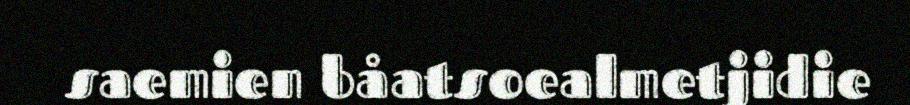
saemien båatsoealmetjidie